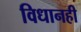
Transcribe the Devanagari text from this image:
विधानही